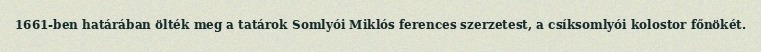
1661-ben határában ölték meg a tatárok Somlyói Miklós ferences szerzetest, a csíksomlyói kolostor főnökét.